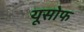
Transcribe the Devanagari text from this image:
यूसोफ